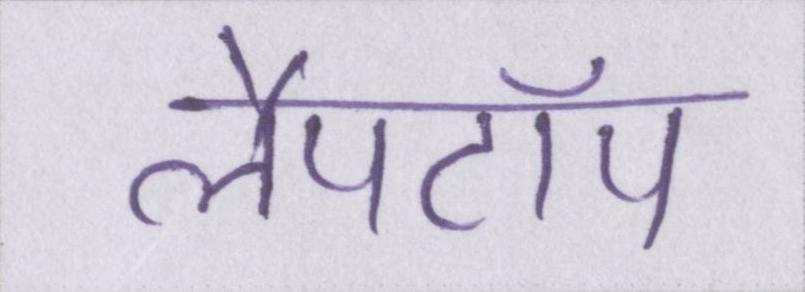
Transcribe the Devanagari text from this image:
लैपटॉप